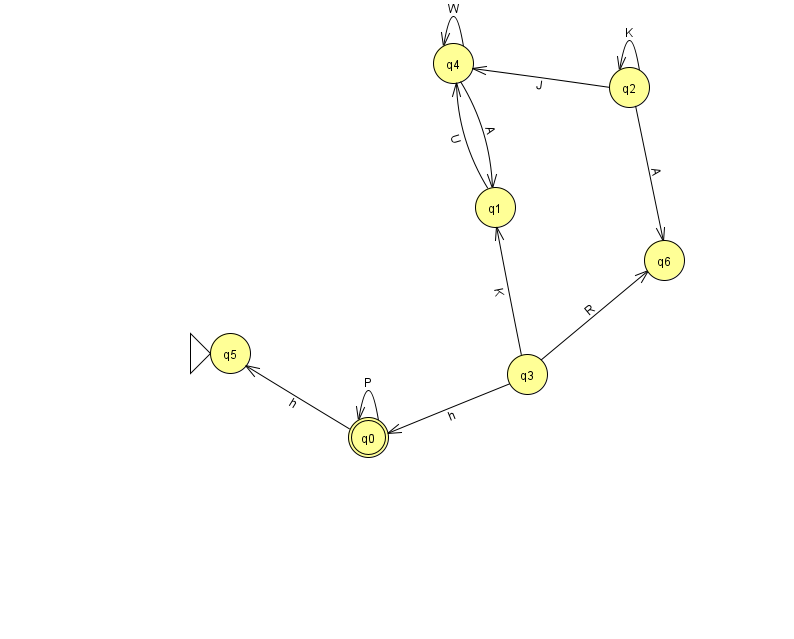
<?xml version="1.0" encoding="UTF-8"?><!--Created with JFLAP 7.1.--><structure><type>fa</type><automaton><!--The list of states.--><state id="0" name="q0"><x>368.0</x><y>424.0</y><final/></state><state id="1" name="q1"><x>495.0</x><y>194.0</y></state><state id="2" name="q2"><x>629.0</x><y>74.0</y></state><state id="3" name="q3"><x>527.0</x><y>361.0</y></state><state id="4" name="q4"><x>453.0</x><y>50.0</y></state><state id="5" name="q5"><x>230.0</x><y>340.0</y><initial/></state><state id="6" name="q6"><x>664.0</x><y>247.0</y></state><!--The list of transitions.--><transition><from>0</from><to>0</to><read>P</read></transition><transition><from>2</from><to>6</to><read>A</read></transition><transition><from>4</from><to>4</to><read>W</read></transition><transition><from>0</from><to>5</to><read>h</read></transition><transition><from>4</from><to>1</to><read>A</read></transition><transition><from>2</from><to>4</to><read>J</read></transition><transition><from>3</from><to>0</to><read>h</read></transition><transition><from>2</from><to>2</to><read>K</read></transition><transition><from>3</from><to>6</to><read>R</read></transition><transition><from>1</from><to>4</to><read>U</read></transition><transition><from>3</from><to>1</to><read>K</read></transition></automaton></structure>